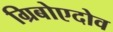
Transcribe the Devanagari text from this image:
ग्रिबोएदोव